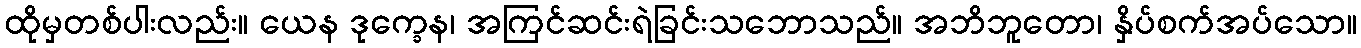
ထိုမှတစ်ပါးလည်း။ ယေန ဒုက္ခေန၊ အကြင်ဆင်းရဲခြင်းသဘောသည်။ အဘိဘူတော၊ နှိပ်စက်အပ်သော။